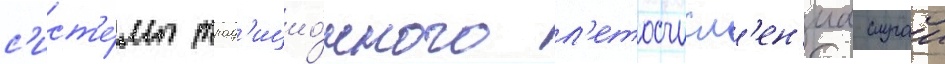
с'ист'е́мы трад'ицио́нного л'етосчисл'ен'иа случаи